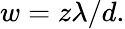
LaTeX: w=z\lambda/d.